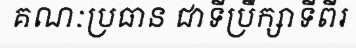
គណៈប្រធាន ជាទីប្រឹក្សាទីពីរ